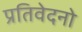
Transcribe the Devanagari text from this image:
प्रतिवेदनो